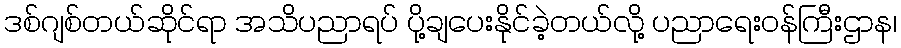
ဒစ်ဂျစ်တယ်ဆိုင်ရာ အသိပညာရပ် ပို့ချပေးနိုင်ခဲ့တယ်လို့ ပညာရေးဝန်ကြီးဌာန၊